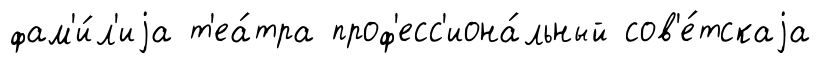
фам'и́л'иjа т'еа́тра проф'есс'иона́льный сов'е́тскаjа